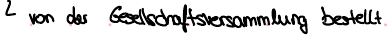
von der Gesellschaftsversammlung bestellt